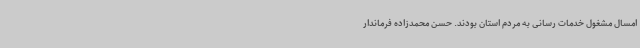
امسال مشغول خدمات رسانی به مردم استان بودند. حسن محمدزاده فرماندار